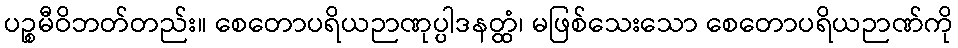
ပဉ္စမီဝိဘတ်တည်း။ စေတောပရိယဉာဏုပ္ပါဒနတ္ထံ၊ မဖြစ်သေးသော စေတောပရိယဉာဏ်ကို